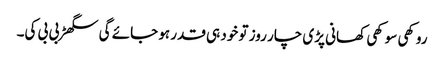
روکھی سوکھی کھانی پڑی چار روز تو خود ہی قدر ہو جائے گی سگھڑ بی بی کی۔